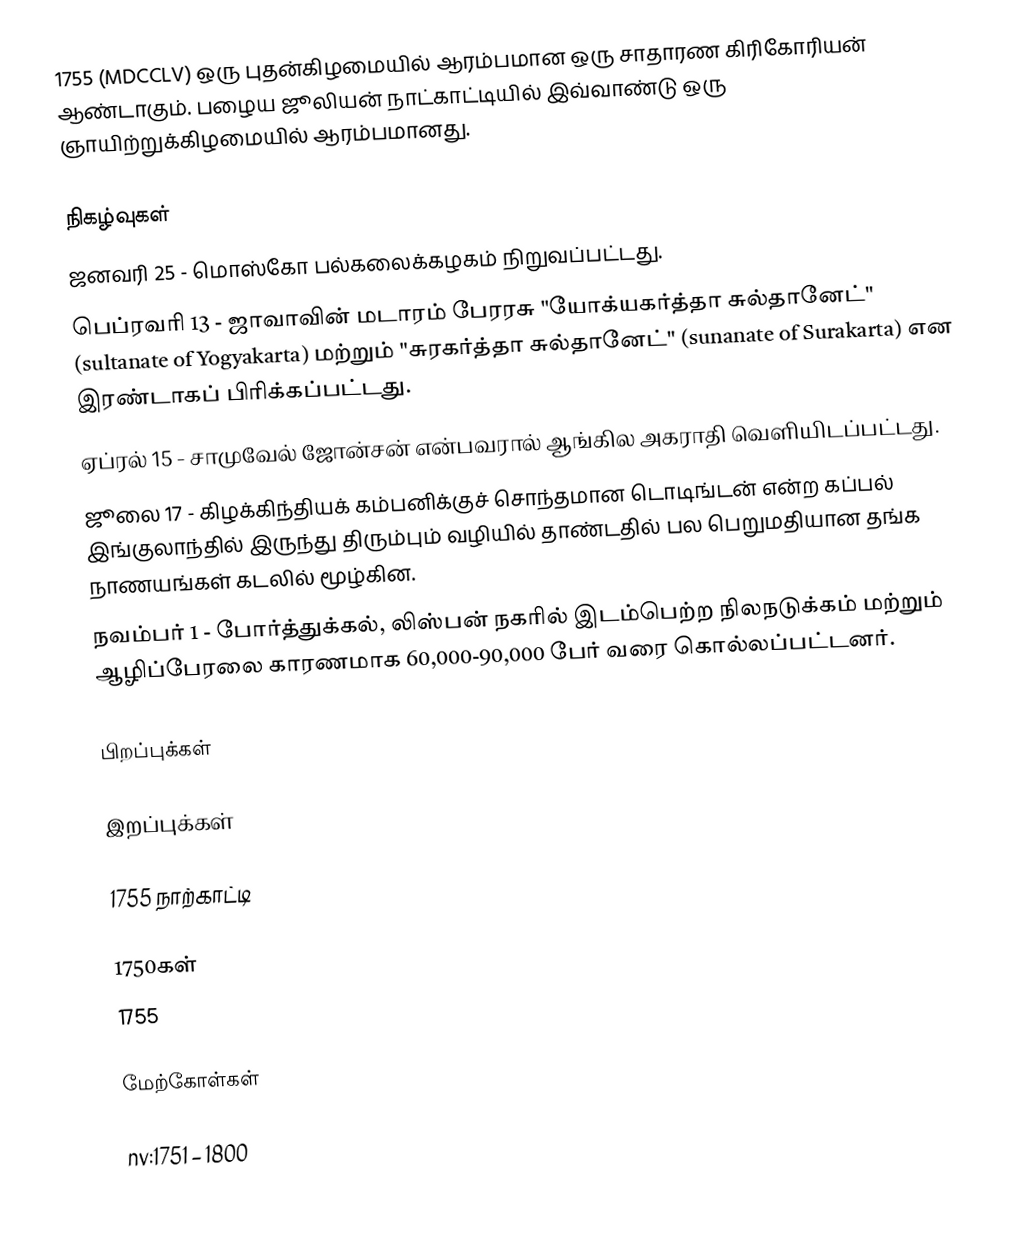
1755 (MDCCLV) ஒரு புதன்கிழமையில் ஆரம்பமான ஒரு சாதாரண கிரிகோரியன் ஆண்டாகும். பழைய ஜூலியன் நாட்காட்டியில் இவ்வாண்டு ஒரு ஞாயிற்றுக்கிழமையில் ஆரம்பமானது.

நிகழ்வுகள்
 ஜனவரி 25 - மொஸ்கோ பல்கலைக்கழகம் நிறுவப்பட்டது.
 பெப்ரவரி 13 - ஜாவாவின் மடாரம் பேரரசு "யோக்யகர்த்தா சுல்தானேட்" (sultanate of Yogyakarta) மற்றும் "சுரகர்த்தா சுல்தானேட்" (sunanate of Surakarta) என இரண்டாகப் பிரிக்கப்பட்டது.
 ஏப்ரல் 15 - சாமுவேல் ஜோன்சன் என்பவரால் ஆங்கில அகராதி வெளியிடப்பட்டது.
 ஜூலை 17 - கிழக்கிந்தியக் கம்பனிக்குச் சொந்தமான டொடிங்டன் என்ற கப்பல் இங்குலாந்தில் இருந்து திரும்பும் வழியில் தாண்டதில் பல பெறுமதியான தங்க நாணயங்கள் கடலில் மூழ்கின.
 நவம்பர் 1 - போர்த்துக்கல், லிஸ்பன் நகரில் இடம்பெற்ற நிலநடுக்கம் மற்றும் ஆழிப்பேரலை காரணமாக 60,000-90,000 பேர் வரை கொல்லப்பட்டனர்.

பிறப்புக்கள்

இறப்புக்கள்

1755 நாற்காட்டி

1750கள்
1755

மேற்கோள்கள்

nv:1751 – 1800